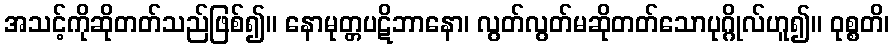
အသင့်ကိုဆိုတတ်သည်ဖြစ်၍။ နောမုတ္တပဋိဘာနော၊ လွတ်လွတ်မဆိုတတ်သောပုဂ္ဂိုလ်ဟူ၍။ ဝုစ္စတိ၊